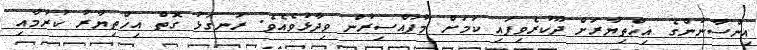
އިންސާނުންގެ އިޚްތިޔާރަށް ދޫކުރެވިފައި ކަމަށް މުފައްސިރުން ވިދާޅުވެއެވެ. ރަނގަޅު ގޮތް އިޚްތިޔާރު ކުރުމާއި